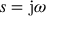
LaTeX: s = \mathrm { j } \omega